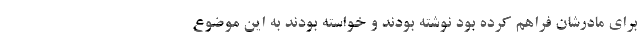
برای مادرشان فراهم کرده بود نوشته بودند و خواسته بودند به این موضوع